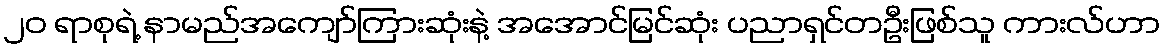
၂၀ ရာစုရဲ့ နာမည်အကျော်ကြားဆုံးနဲ့ အအောင်မြင်ဆုံး ပညာရှင်တဦးဖြစ်သူ ကားလ်ဟာ